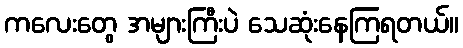
ကလေးတွေ အများကြီးပဲ သေဆုံးနေကြရတယ်။